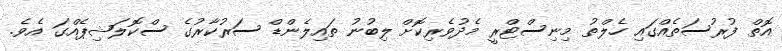
އޮތް ފުރުސަތެއްގައި ހެލްތު މިނިސްޓްރީ މެދުވެރިކޮށް ލިބުނު ތައިލެންޑް ސަރުކާރުގެ ސްކޮލަޝިޕެއްގަ އެވެ.